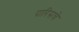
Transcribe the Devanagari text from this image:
पारिसचे